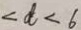
< d < 6